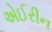
એઈરીન